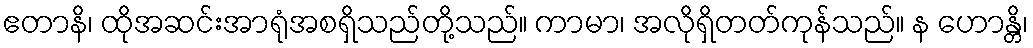
ဧတာနိ၊ ထိုအဆင်းအာရုံအစရှိသည်တို့သည်။ ကာမာ၊ အလိုရှိတတ်ကုန်သည်။ န ဟောန္တိ၊